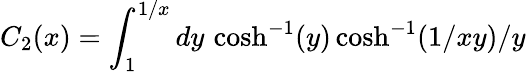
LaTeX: C_{2}(x)=\int_{1}^{1/x}dy\, \cosh^{-1}(y)\cosh^{-1}(1/xy)/y